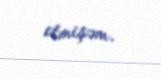
etmişəm.